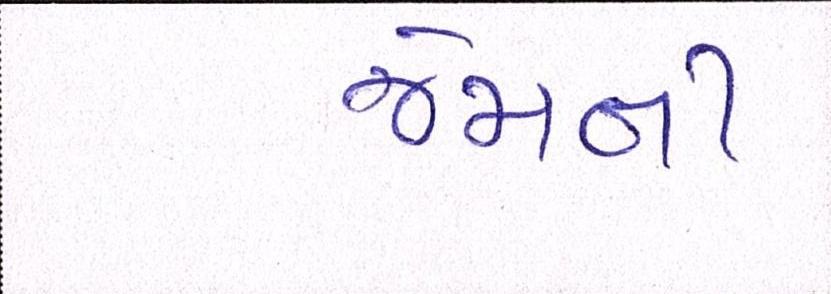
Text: જેમની